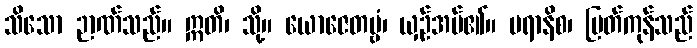
သိသော ဉာဏ်သည်။ ဣတိ၊ သို့။ ယောဇေတဗ္ဗံ၊ ယှဉ်အပ်၏။ ပရာနိစ၊ မြတ်ကုန်သည်